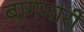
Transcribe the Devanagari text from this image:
बागमारी